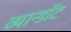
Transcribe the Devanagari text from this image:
व्यान्डॉट